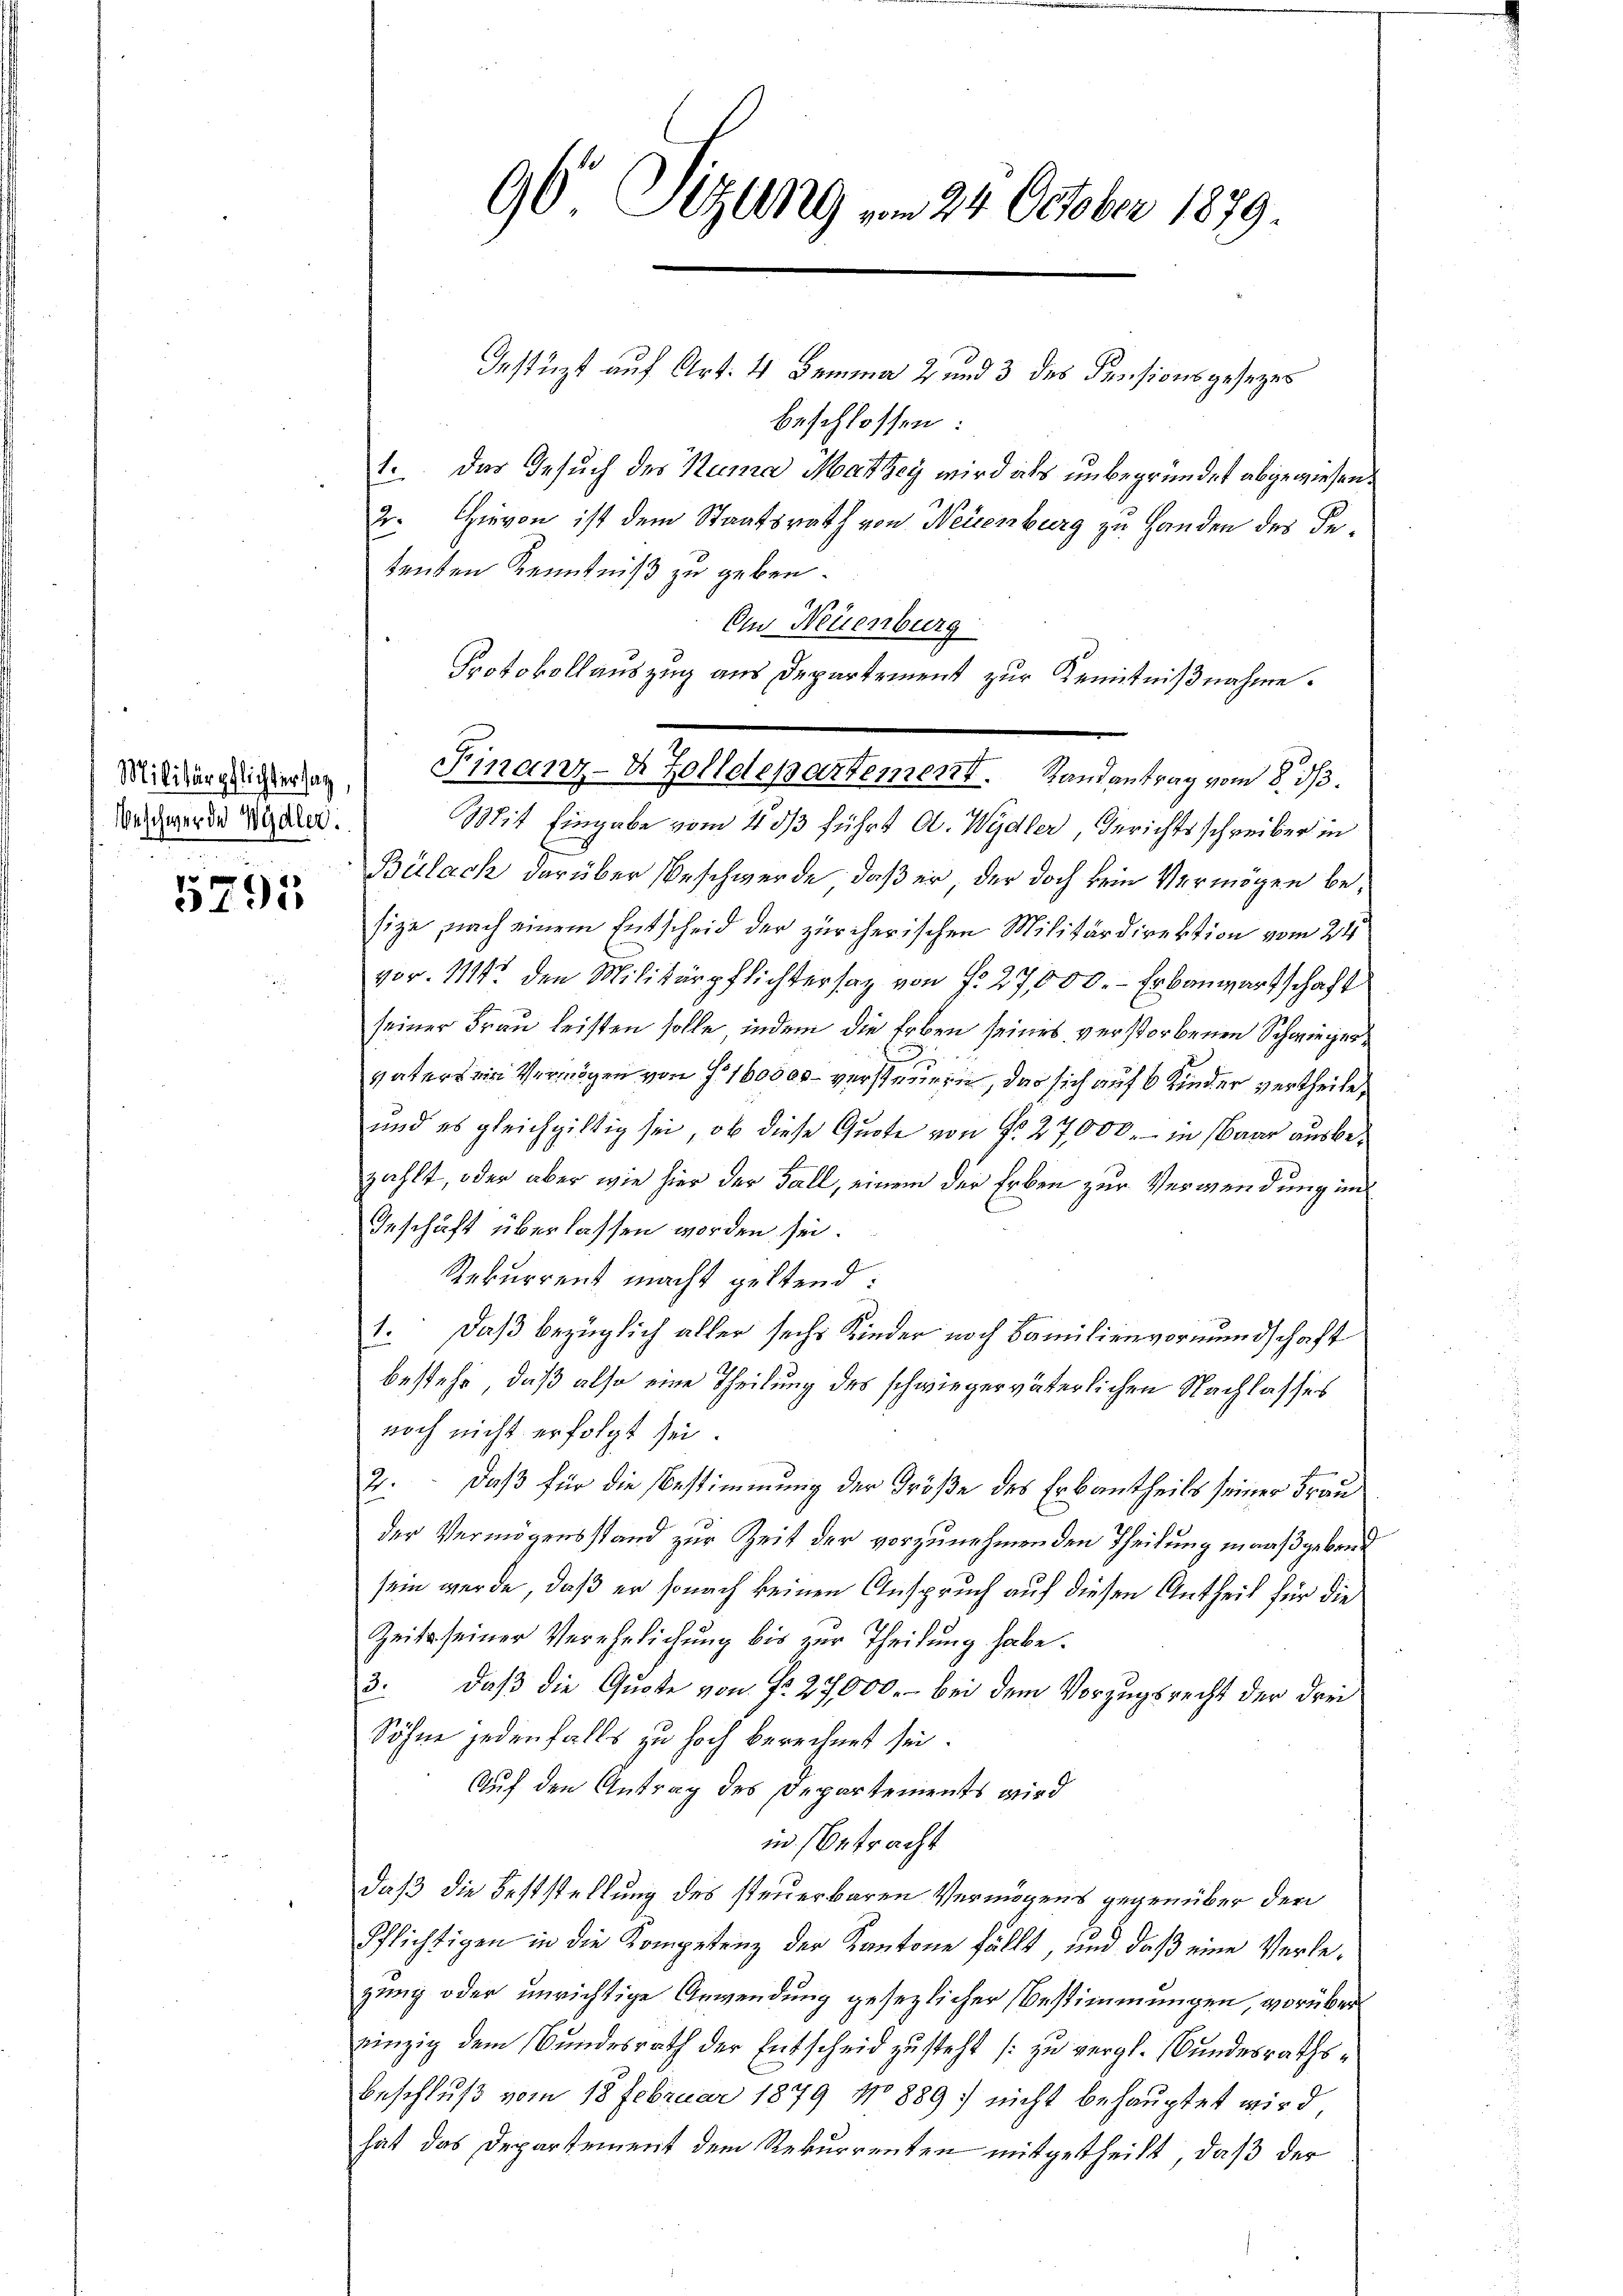
Beschwerde Wydler.

5795

96 Sizung vom 24. October 1879.

Irstüzt auf Art. 4 Demma 2 und 3 des Pensionsgesezes
beschlossen:
1. Das Gesuch des Numa Mathey wird als unbegründet abgewiesen.
2. Hievon ist dem Staatsrath von Neuenburg zu Handen des Fetenten Kenntniß zu geben.
An Neuenburg
Protokollauszug aus Departement zur Kenntnißnahme.
Mit Eingabe vom 4 ds führt A. Wydler, Gerichtsschreiber in
Bülach darüber Beschwerde, daß er, der doch kein Vermögen besize, nach einem Entscheid der zürcherischen Militärdirektion vom 24.
vor. Mt. den Militärpflichtersatz von N. 27,000.- Erbauwartschaft
seiner Frau leisten solle, indem die Erben seines verstorbenen Schwieger¬

7
vaters ein Vermögen von § 160000 – versteuern, da sich auf 6 Kinder vertheile,
und es gleichgiltig sei, ob diese Quote von N. 27,000.- in Baar ausbezählt, oder aber wie hier der Fall, einem der Erben zur Verwendung im
Inschaft überlassen worden sei.
Rekurrent macht geltend:
1. daß bezüglich aller sechs Kinder noch Familienvormundschaft
bestehe, daß also eine Theilung des schwiegerväterlichen Nachlasses
noch nicht erfolgt sei.
2. Daß für die Bestimmung der Größe des Erbantheils seiner Frau
der Vermögensstand zur Zeit der vorzunehmenden Theilung maaßgebresein werde, daß er sonach keinen Anspruch auf diesen Antheil für die
Zeits seiner Verehelichung bis zur Theilung habe.
3. daβ die Quote von Nr. 27,000.- bei dem Vorzugsrecht der drei
Söhne jedenfalls zu hoch berechnet sei.
Auf den Antrag des Departements wird
in Betracht
daß die Feststellung des steuerbaren Vermögens gegenüber der
Pflichtigen in die Kompetenz der Kantone fällt, und daß eine Verlezung oder unrichtige Anwendung gesezlicher Bestimmungen, vorüber
einzig dem Bundesrath der Entscheid zusteht zu vergl. Bundesraths¬
Beschluß vom 18 Februar 1879 No 889 nicht behauptet wird
hat das Departement dem Rekurrenten mitgetheilt, daß der

Militärglicherten ( Finanz-8 Zolldepartement. Landantrag vom 8. 33.